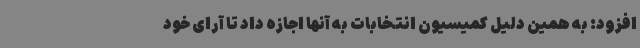
افزود: به همین دلیل کمیسیون انتخابات به آنها اجازه داد تا آرای خود